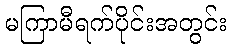
မကြာမီရက်ပိုင်းအတွင်း